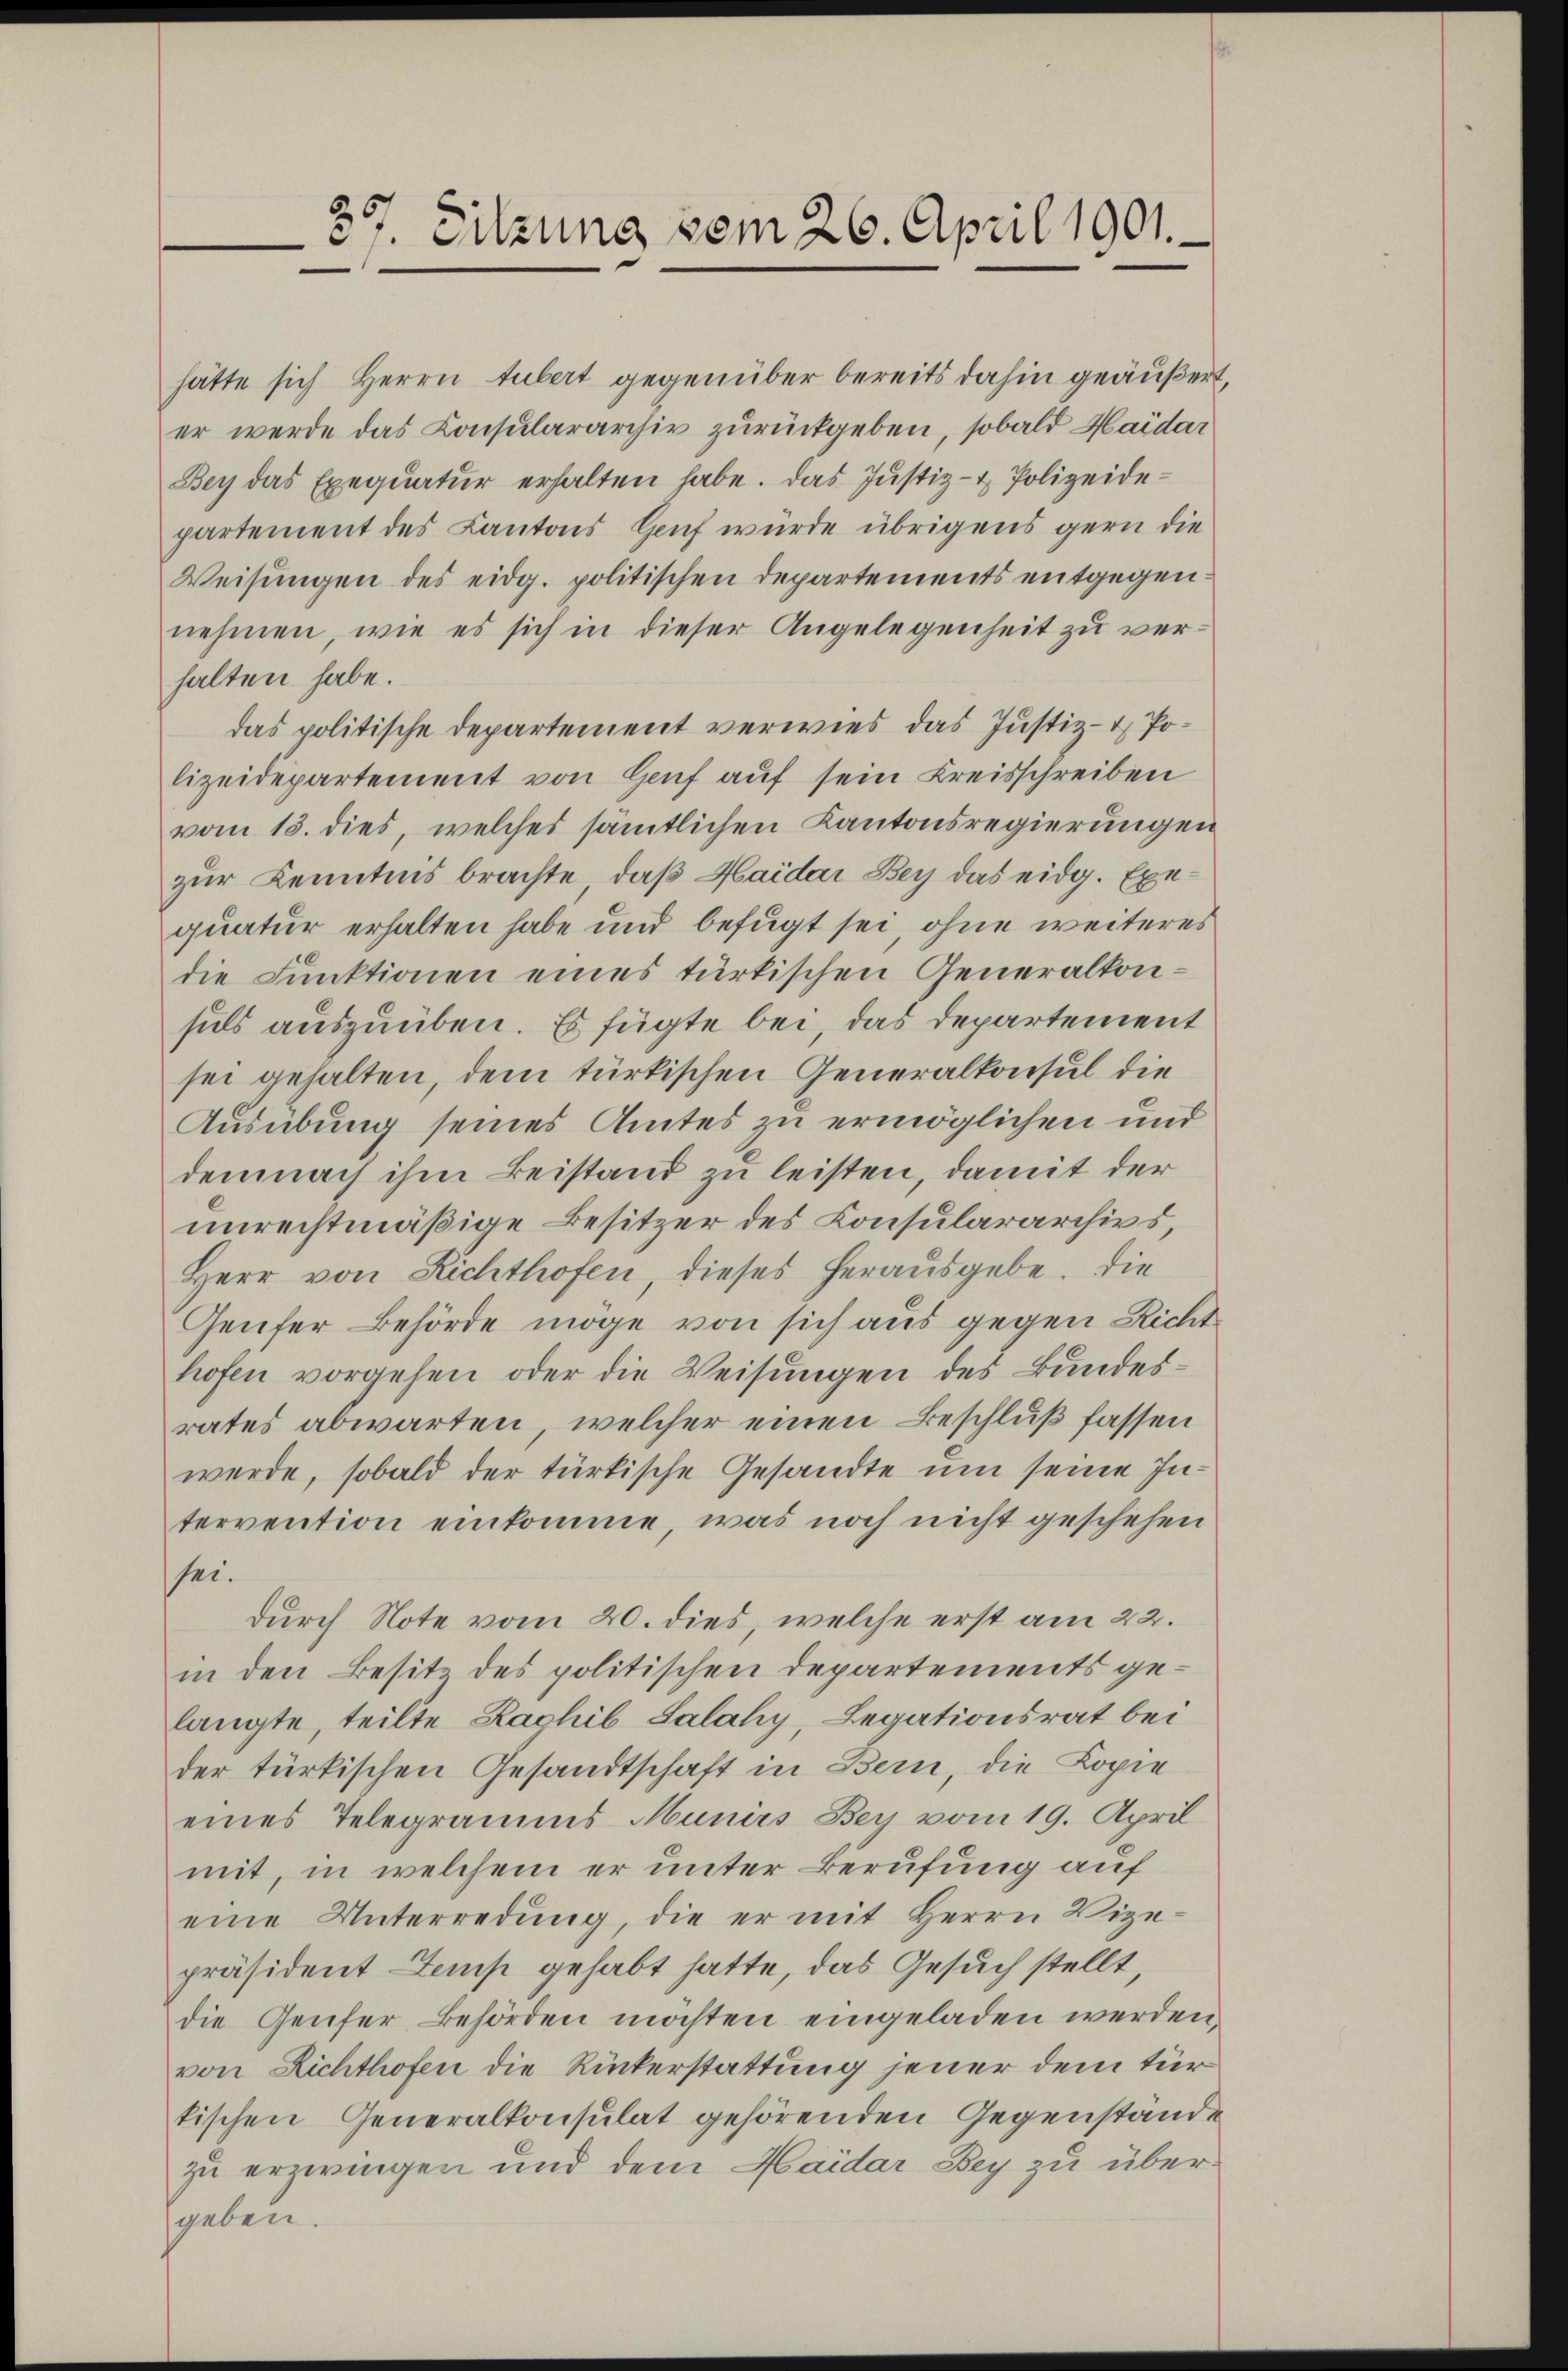
37. Sitzung vom 26. April 1901.

hätte sich Herrn Hubert gegenüber bereits dahin geäußert,
er werde das Consulararchiv zurückgeben, sobald Maidar
Bey das Exequatur erhalten habe. Das Justiz- & Polizeidepartement des Kantons Genf wurde übrigens gern die
Weisŭngen des eidg. politischen Departements entgegen:
nehmen, wie es sich in dieser Angelegenheit zŭ ver-
halten habe.
das politische Departement verwies das Justiz- & Polizeidepartement von Genf auf sein Kreisschreiben
vom 15. dies, welches sämtlichen Kantonsregierungen
zur Kenntnis brachte, daß Haider Bey das eidg. Exequatur erhalten habe und befugt sei, ohne weiteres
die Funktionen eines türkischen Generalkonsuls auszuüben. Es fügte bei, das Departement
sei gehalten, dem türkischen Generalkonsul die
Ausübung seines Amtes zu ermöglichen und
demnach ihm Beistand zu leisten, damit der
unrechtmäßige Besitzer des Consulararchivs,
Herr von Richthofen, dieses herausgebe. Die
Genfer Behörde möge von sich aus gegen Richt
hofen vorgehen oder die Weisungen des Bundesrates abwarten, welcher einen Beschluß fassen
werde, sobald der türkische Gesandte um seine Intervention einkomme, was noch nicht geschehen
sei.
durch Note vom 20. dies, welche erst am 22.
in den Besitz des politischen Departements gelangte, teilte Raghib Salahy, Legationsrat bei
der türkischen Gesandtschaft in Bern, die Kopie
eines Telegramms Munirs Bey vom 19. April
mit, in welchem er unter Berufung auf
eine Unterredung, die er mit Herrn Vize-
präsident Lamp gehabt hatte, das Gesuch stellt
die Genfer Behörden möchten eingeladen werden,
von Richthofen die Rückerstattung jener dem tür
tischen Generalkonsulat gehörenden Gegenstände
zu erzwingen und dem Haider Bey zu übergeben.